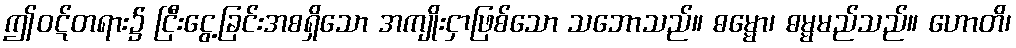
ဤဝဋ်တရား၌ ငြီးငွေ့ခြင်းအစရှိသော အကျိုးငှာဖြစ်သော သဘောသည်။ ဓမ္မော၊ ဓမ္မမည်သည်။ ဟောတိ၊